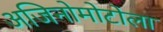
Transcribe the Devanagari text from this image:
अजिनोमोटोला